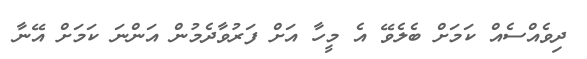
ދިވެއްސެއް ކަމަށް ބެލެވޭ އެ މީހާ އަށް ފަރުވާދެމުން އަންނަ ކަމަށް އޭނާ